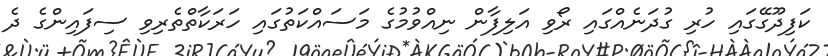
ކަފިދޫގޭގައި ހުރި ގުދަނެއްގައި ރޯވި އަލިފާން ނިއްވުމުގެ މަސައްކަތުގައި ހަރަކާތްތެރިވި ސިފައިންގެ ދެ